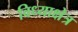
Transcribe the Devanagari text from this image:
विध्याक्षेत्र